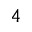
^ { 4 }